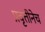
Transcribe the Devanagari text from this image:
प्रवृत्तीनेच